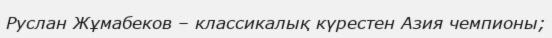
Руслан Жұмабеков – классикалық күрестен Азия чемпионы;